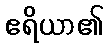
ဧရိယာ၏